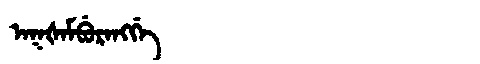
Manchu: ᠠᡴᡧᠠᠮᠪᡠᡵᠠᠩᡤᡝ
Romanization: AKŠAMBURANGGE